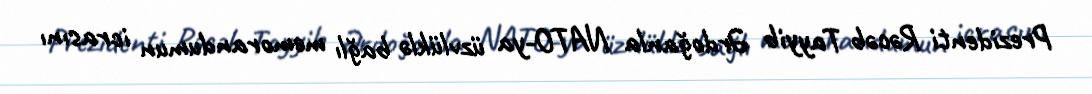
Prezidenti Rəcəb Tayyib Ərdoğanla NATO-ya üzvlüklə bağlı memorandumun icrasını